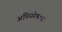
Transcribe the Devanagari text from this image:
अधिकोषाचा